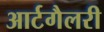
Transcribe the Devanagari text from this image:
आर्टगैलरी